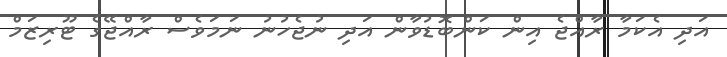
އަދި އެކަމާ ރާއްޖެ އިން ކަންބޮޑުވާން އަދި ނުޖެހުނު ނަމަވެސް ރާއްޖޭގެ ޓޫރިޒަމް